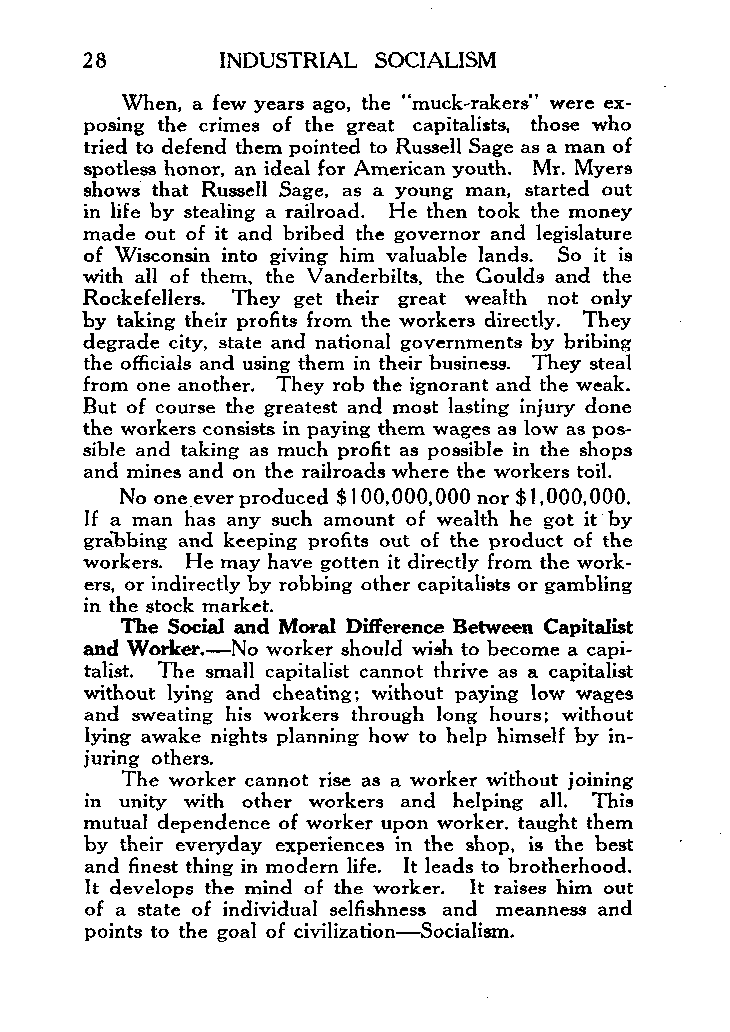
28       INDUSTRIAL SOCIALISM
 When, a few years ago, the “muck-rakers” were ex-
 posing the crimes of the great capitalists, those who
 tried to defend them pointed to Russell Sage as a man of
 spotless honor, an ideal for American youth. Mr. Myers
 shows that Russell Sage, as a young man, started out
 in life by stealing a railroad. He then took the money
 made out of it and bribed the governor and legislature
 of Wisconsin into giving him valuable lands. So it is
 with all of them, the Vanderbilts, the Goulds and the
 Rockefellers. They get their great wealth not only
 by taking their profits from the workers directly. They
 degrade city, state and national governments by bribing
 the officials and using them in their business. They steal
 from one another. They rob the ignorant and the weak.
 But of course the greatest and most lasting injury done
 the workers consists in paying them wages as low as pos-
 sible and taking as much profit as possible in the shops
 and mines and on the railroads where the workers toil.
 No one.ever produced $ I OO,OOO,OOO nor $1 ,OOO,OOO.
 If a man has any such amount of wealth he got it. by
 grabbing and keeping profits out of the product of the
 workers. He may have gotten it directly from the work-
 ers, or indirectly by robbing other capitalists or gambling
 in the stock market.
 The Social and Moral Difference Between Capitalist
 and Worker.-N o worker should wish to become a capi-
 talist. The small capitalist cannot thrive as a capitalist
 without lying and cheating; without paying low wages
 and sweating his workers through long hours; without
 lying awake nights planning how to help himself by in-
 juring others.
 The worker cannot rise as a worker without joining
 in unity with other workers and helping all. This
 mutual dependence of worker upon worker. taught them
 by their everyday experiences in the shop, is the best
 and finest thing in modem life. It leads to brotherhood.
 It develops the mind of the worker. It raises him out
 of a state of individual selfishness and meanness and
 points to the goal of civilizationCocialism.